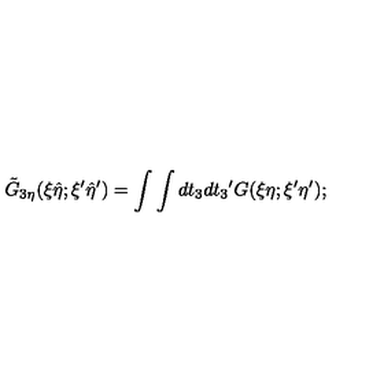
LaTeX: { \tilde { G } } _ { 3 \eta } ( \xi { \hat { \eta } } ; { \xi } ^ { \prime } { \hat { \eta } } ^ { \prime } ) = \int \int d t _ { 3 } d { t _ { 3 } } ^ { \prime } G ( \xi \eta ; { \xi } ^ { \prime } { \eta } ^ { \prime } ) ;